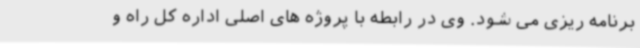
برنامه ریزی می شود. وی در رابطه با پروژه های اصلی اداره کل راه و